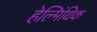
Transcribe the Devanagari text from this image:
हेल्मिंथिक